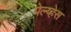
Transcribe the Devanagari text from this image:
पेल्य्हेस